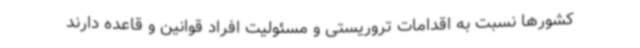
کشورها نسبت به اقدامات تروریستی و مسئولیت افراد قوانین و قاعده دارند